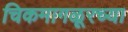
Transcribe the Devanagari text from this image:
चिकमागळूरच्या